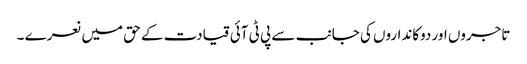
تاجروں اور دوکانداروں کی جانب سے پی ٹی آئی قیادت کے حق میں نعرے ۔